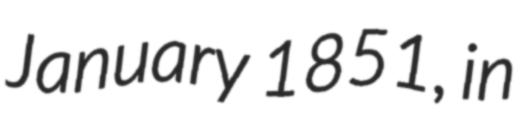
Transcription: January 1851, in